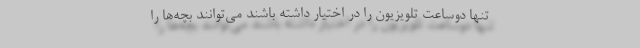
تنها دوساعت تلویزیون را در اختیار داشته باشند می‌توانند بچه‌ها را